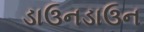
ડાઉનડાઉન